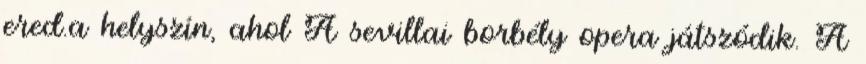
ered.a helyszín, ahol A sevillai borbély opera játszódik. A